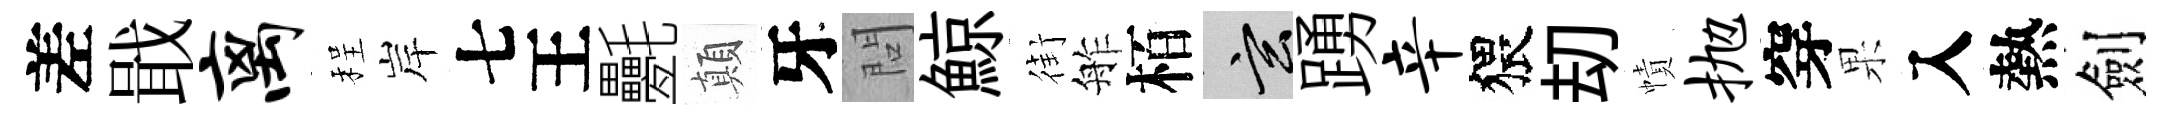
差戢离程岸七王氎顛牙問鯨街舴栢玄踴辛猥刧幘抛穿果入熱劍